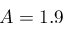
A = 1 . 9